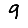
Digit: 9